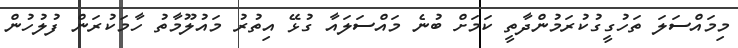
މިމައްސަލަ ތަހުގީގުކުރަމުންދާތީ ކަމަށް ބުނެ މައްސަލައާ ގުޅޭ އިތުރު މައުލޫމާތު ހާމަކުރަން ފުލުހުން